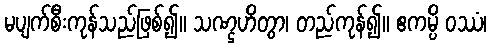
မပျက်စီးကုန်သည်ဖြစ်၍။ သဏ္ဌဟိတွာ၊ တည်ကုန်၍။ ဧကမ္ပိ ဝဿံ၊